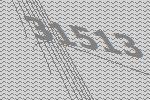
31513